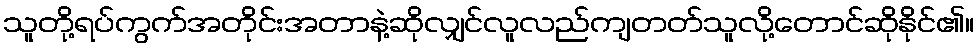
သူတို့ရပ်ကွက်အတိုင်းအတာနဲ့ဆိုလျှင်လူလည်ကျတတ်သူလို့တောင်ဆိုနိုင်၏။